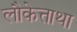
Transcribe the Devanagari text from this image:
लौकेत्ताथा